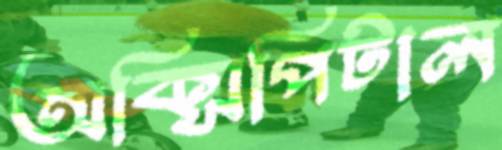
অক্সিপিটাল